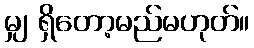
မျှ ရှိတော့မည်မဟုတ်။